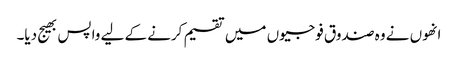
انھوں نے وہ صندوق فوجیوں میں تقسیم کرنے کے لیے واپس بھیج دیا۔